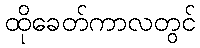
ထိုခေတ်ကာလတွင်